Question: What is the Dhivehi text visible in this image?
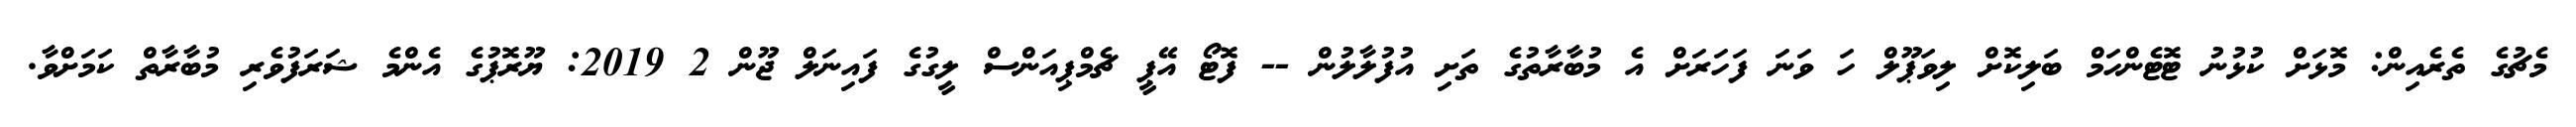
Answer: މެޗުގެ ތެރެއިން: މޮޅަށް ކުޅުނު ޓޮޓެންހަމް ބަލިކޮށް ލިވަޕޫލް ހަ ވަނަ ފަހަރަށް އެ މުބާރާތުގެ ތަށި އުފުލާލުން -- ފޮޓޯ އޭޕީ ޗެމްޕިއަންސް ލީގުގެ ފައިނަލް ޖޫން 2 2019: ޔޫރޮޕުގެ އެންމެ ޝަރަފުވެރި މުބާރާތް ކަމަށްވާ.